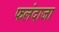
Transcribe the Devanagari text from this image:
फलंदाजा